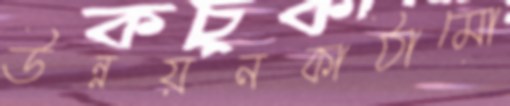
উন্নয়নকাঠামো